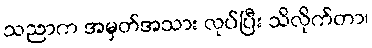
သညာက အမှတ်အသား လုပ်ပြီး သိလိုက်တာ၊